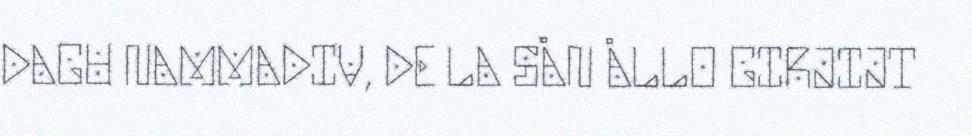
DAGU NAMMADIV, DE LA SÅN ÅLLO GIRJIJT